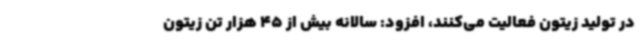
در تولید زیتون فعالیت می‌کنند، افزود: سالانه بیش از 45 هزار تن زیتون